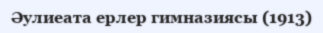
Әулиеата ерлер гимназиясы (1913)